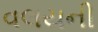
વલયની